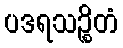
ပဒရသဉ္စိတံ